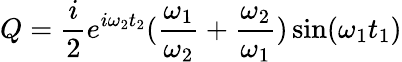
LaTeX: Q=\frac{i}{2}e^{i\omega_{2}t_{2}}(\frac{\omega_{1}}{\omega_{2}}+\frac{\omega_{2}}{\omega_{1}})\sin(\omega_{1}t_{1})